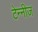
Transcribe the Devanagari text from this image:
टेन्नीज